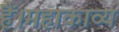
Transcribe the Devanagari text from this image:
हैं।महाकाव्य